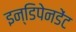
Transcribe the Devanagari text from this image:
इन्डिपेनडेंट